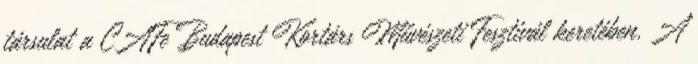
társulat a CAFe Budapest Kortárs Művészeti Fesztivál keretében. A